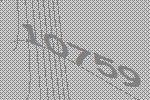
10759